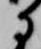
に